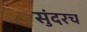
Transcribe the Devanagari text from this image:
सुंदरच